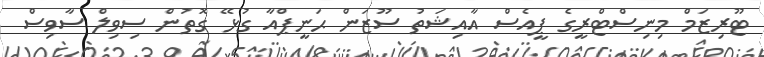
ޓޫރިޒަމް މިނިސްޓްރީގެ ޕީއެސް އާއިޝަތު ސޫޒަން ޙަނީޕްއާ ގުޅޭ ގޮތުން ސިވިލް ސާވިސް